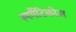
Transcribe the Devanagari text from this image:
स्पर्मैटिकोज